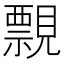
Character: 𧢄